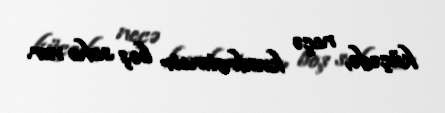
küçədə, neçə kvadratmetr boş sahə var.